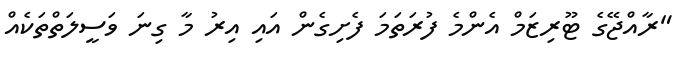
"ރާއްޖޭގެ ޓޫރިޒަމް އެންމެ ފުރަތަމަ ފެށިގެން އައި އިރު މާ ގިނަ ވަސީލަތްތަކެއް